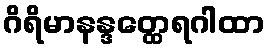
ဂိရိမာနန္ဒတ္ထေရဂါထာ